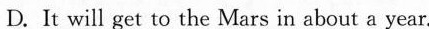
( )5. We can know CNSA will do each of the following EXCEPT_rom the last paragraph.